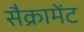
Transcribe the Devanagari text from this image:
सैक्रामेंट